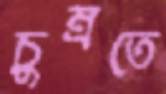
চুম্‌রতে